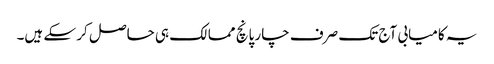
یہ کامیابی آج تک صرف چار پانچ ممالک ہی حاصل کر سکے ہیں۔